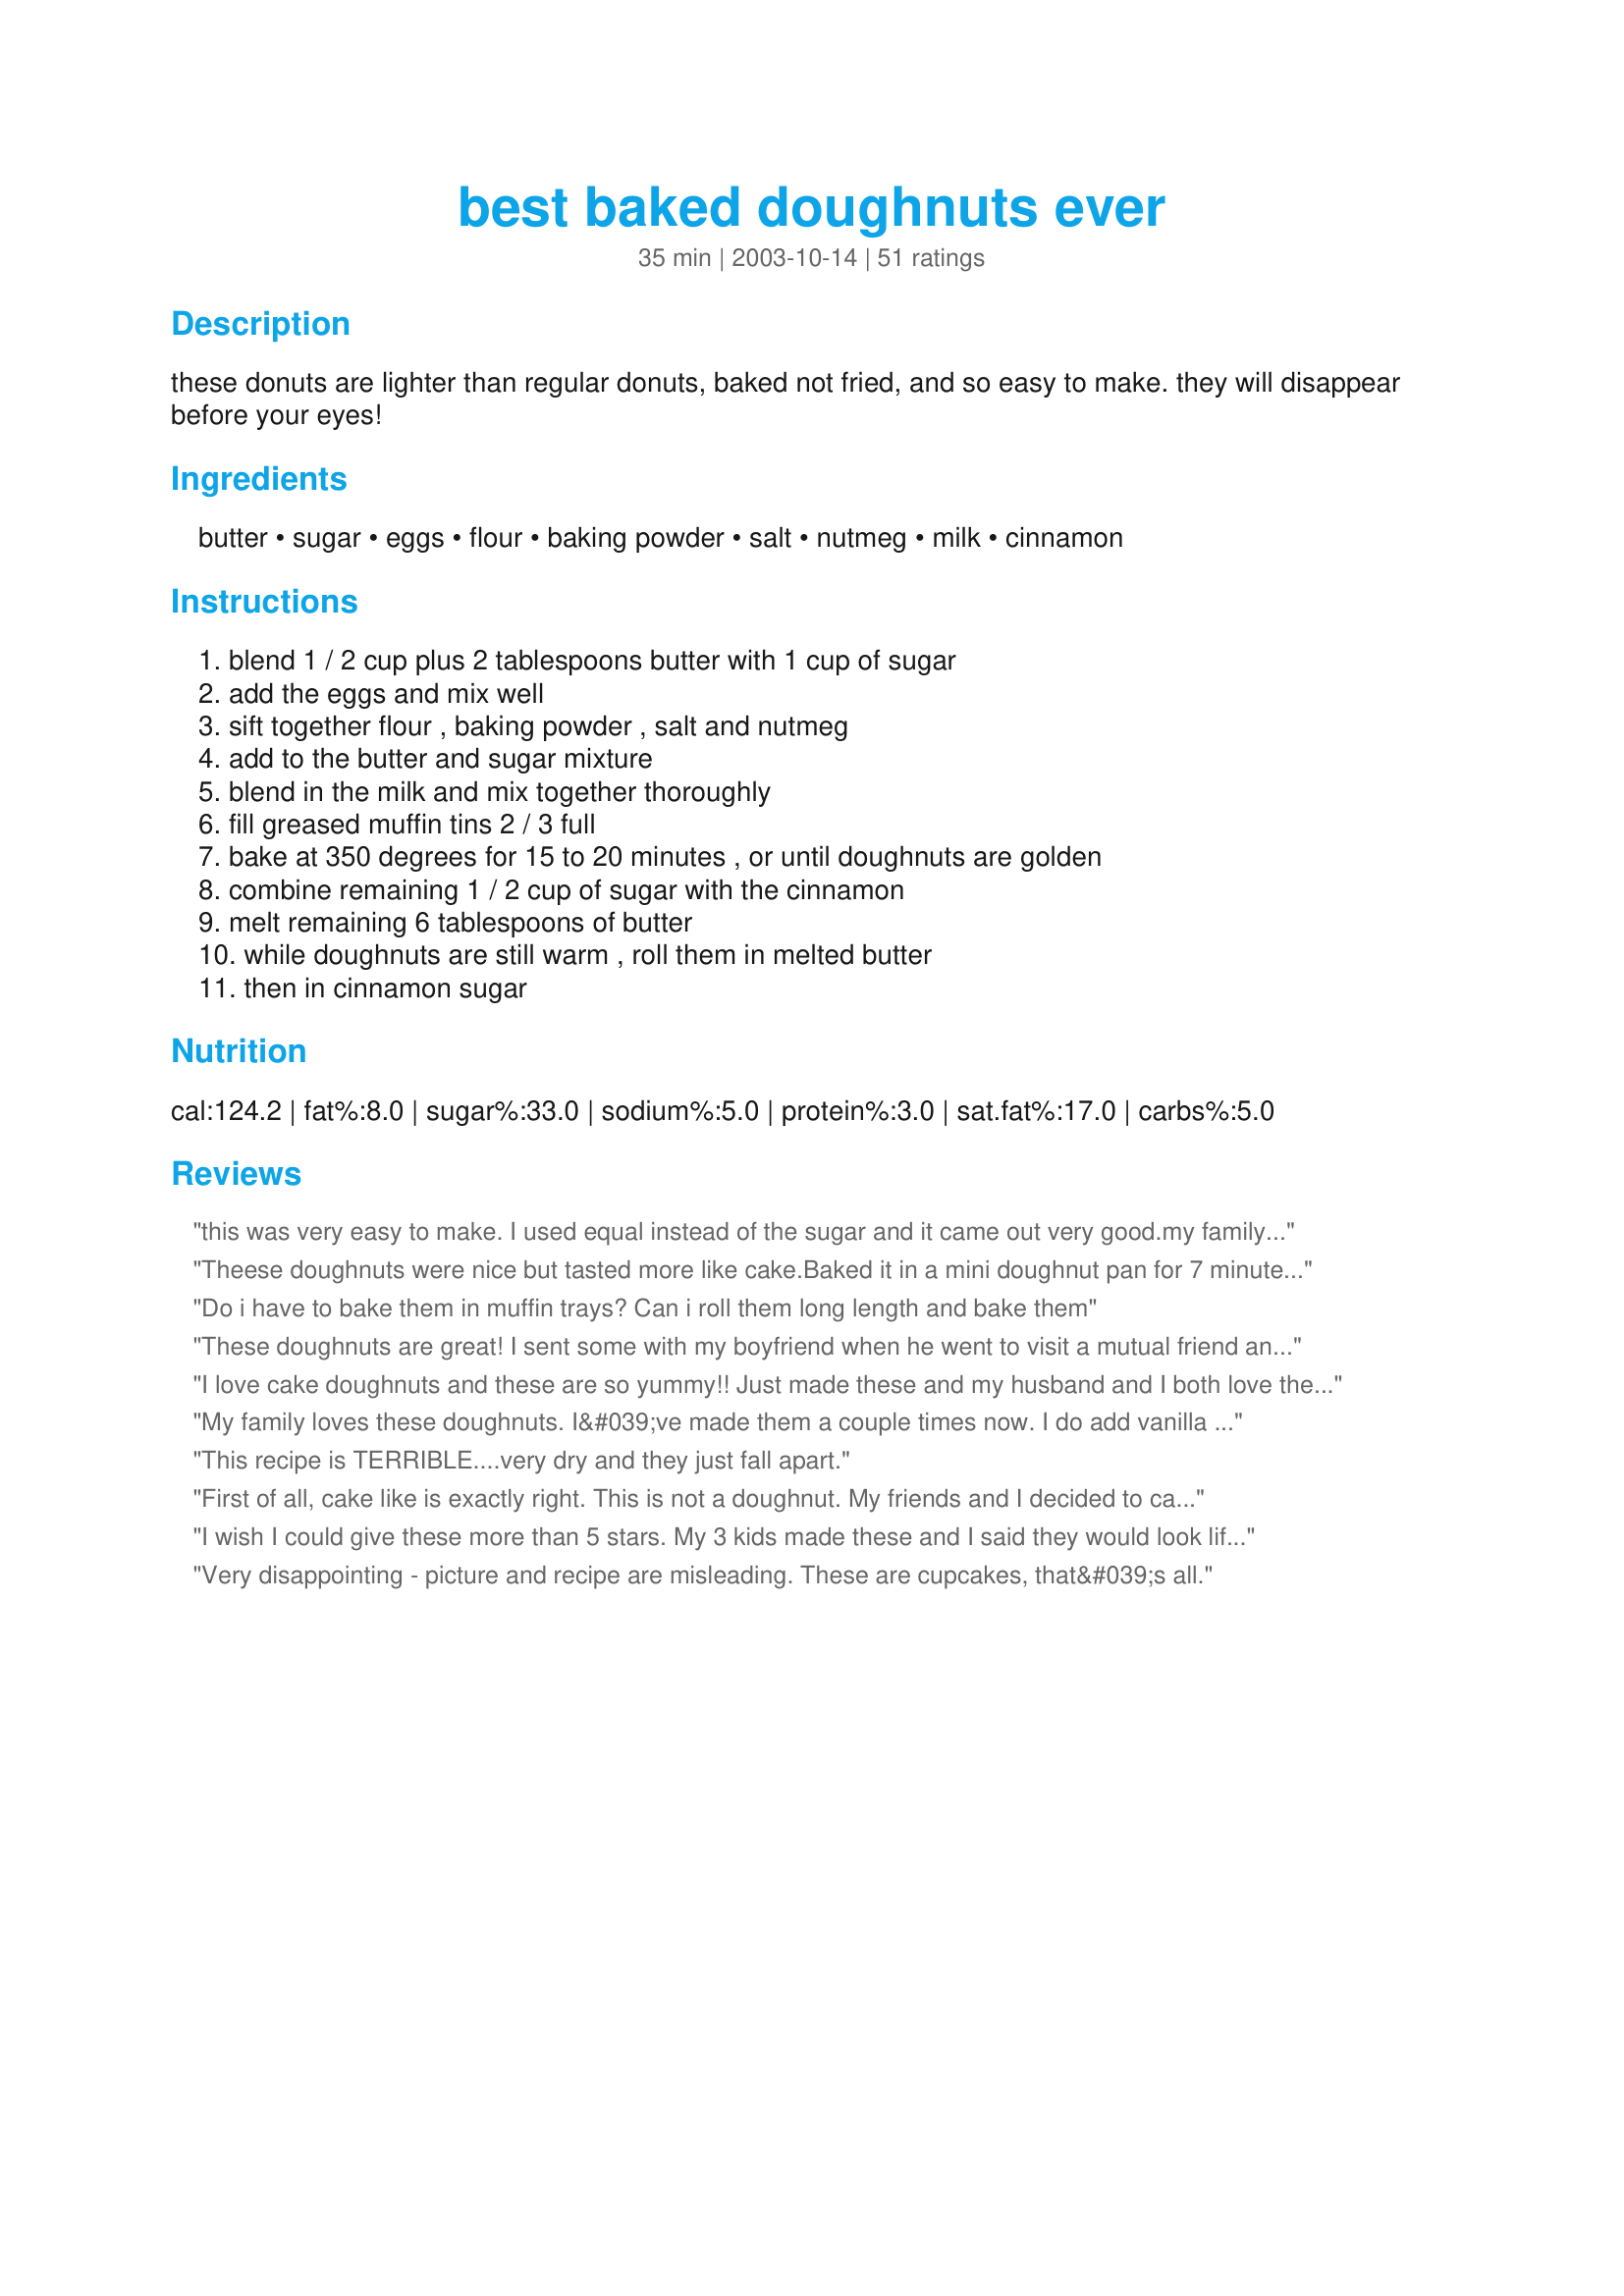
best baked doughnuts ever
Preparation time: 35 minutes

these donuts are lighter than regular donuts, baked not fried, and so easy to make. they will disappear before your eyes!

Ingredients:
butter, sugar, eggs, flour, baking powder, salt, nutmeg, milk, cinnamon

Steps:
blend 1 / 2 cup plus 2 tablespoons butter with 1 cup of sugar, add the eggs and mix well, sift together flour , baking powder , salt and nutmeg, add to the butter and sugar mixture, blend in the milk and mix together thoroughly, fill greased muffin tins 2 / 3 full, bake at 350 degrees for 15 to 20 minutes , or until doughnuts are golden, combine remaining 1 / 2 cup of sugar with the cinnamon, melt remaining 6 tablespoons of butter, while doughnuts are still warm , roll them in melted butter, then in cinnamon sugar

Reviews:
this was very easy to make. I used equal instead of the sugar and it came out very good.my family taught it was very delicious.
Theese doughnuts were nice but tasted more like cake.Baked it in a mini doughnut pan for 7 minutes, were soft and light.
Do i have to bake them in muffin trays? Can i roll them long length and bake them
These doughnuts are great! I sent some with my boyfriend when he went to visit a mutual friend and he said they tasted like mini elephant ears! The key to making this recipe work is to ADD VANILLA EXTRACT. I put a little over a teaspoon into the full recipe (36 doughnuts) the second time I made them and the reviews were much better: more moist, better flavor.
I love cake doughnuts and these are so yummy!! Just made these and my husband and I both love these. I like that they are baked and not fried too.
My family loves these doughnuts. I&#039;ve made them a couple times now. I do add vanilla as other reviewers recommended, and I also sub brown sugar for about 1/4 cup of the white sugar. I usually use part buttermilk or even all buttermilk for the milk. I&#039;ve even added cocoa powder and a little chocolate syrup to make chocolate doughnuts. I frost the doughnuts with maple frosting or chocolate frosting and add sprinkles to some. :)
This recipe is TERRIBLE....very dry and they just fall apart.
First of all, cake like is exactly right. This is not a doughnut. My friends and I decided to call it a "snikerdoodle snack cake". It's more of a snack/short cake consistency. Done in regular size/medium muffin pans...one recipe yielded alot...so unless you want a whole buch don't double the recipe. Taste was ok but wasn't impressive.
I wish I could give these more than 5 stars. My 3 kids made these and I said they would look life muffins but taste like doughnuts. We were all amazed at how yummy and easy. thank you so much. I forgot to add that because my raised like muffins I only dipped the bottom part in butter and sugar. YUMMMUUUUYYYY
Very disappointing - picture and recipe are misleading. These are cupcakes, that&#039;s all.
I had an unusual craving
for doughnuts, but didn't want
anything fried until I found this
recipe.

I used mini muffin tins to bake the
doughnuts and they turned out perfectly.

Next time I'll be more adventurous and try adding nuts or other spices for 
a different flavor. 

We thank you for sharing this easy
and delicous recipe.

CG
?Need to tell the truth! This Recipe is very excellent. I did it last night with my little daughter. She said &quot; It is very good taste! ,I like it&quot; But , I didn't use the doughnut mold and I separate in two type 1.for bake and 2. for put in waffle maker machine. I use only 1/2 cup of milk because I don't want it to be liquid. but everything is good
i only baked it for 17 minutes. They were not golden brown but were cooked
Best! more like worst baked doughnuts ever just tried these step to step and the turned out really bad..
THIS IS NOT A DOUGHNUT FOLKS BUT MORE OF A BISCUIT OR CAKE WITH IT'S CRUMBLY TEXTURE....WOULD MAKE A EXCELLENT LIGHT BISCUIT FOR STRAWBERRY SHORTCAKE IF YOU LEAVE OUT THE NUTMEG AND ADD VANILLA....IT WAS VERY LIGHT AND FLUFFY...AND TASTED GOOD ....MAYBE SOMEONE DOESN'T KNOW WHAT A REAL DOUGHNUT TASTE LIKE!!.. AND I DID USE THE DOUGHNUT PAN...AND HAVE BEEN A VERY GOOD BAKER FOR MANY A YEAR..I ALWAYS LOVE A DIFFERENT IDEA THOUGH...NEVER STOP LEARNING I SAY.....I CERTAINLY KNOW MY DOUGHNUTS. I WOULD RECOMMEND THIS RECIPE FOR MORE THAN A FEW OTHER IDEAS THOUGH...GOOD TEXTURE BUT CRUMBLES APART TO EASILY TO BE CALLED A DOUGHNUT....
These were nothing like a doughnut...... great for cupcakes though.
I made these today and they were great. I have donut pans so they came out perfect. Just for all the negative comments: THIS IS NOT A YEAST DONUT RECIPE. You will be disappointed if you're expecting that. I love cake donuts so these were perfect for me.
These doughnuts were delicious! I added the extract as a previous reviewer suggested and they came out really good! I have to say, I didn't try it without, but will continue to do it with the vanilla as it probably does add to the yumminess of the doughnut. Will make again, but this time double the recipe!
my DH had just been asking about doughnuts yesterday, so when I found your recipe I made them to surprise him. So easy to make, even for me with disabilites. I used the food processor for butter and suger and eggs. At adding milk stage it got lumpy so I got out hand mixer and fixed that quick. I was worried about having 36 doughnuts, but only ended up with 18 nice size ones.DH and I say 5 stars since these truly are THE Best Baked Doughnuts Ever!!!
I made these in doughnut pans and I got 1 dozen big doughnuts. They are very light textured but not super big on flavor, but that is easy to remedy. From start to finish it took me 30 minutes. I will definatly keep this recipe close at hand for a very quick morning snack. Thanks, Dian
I've made this recipe several times now and always to rave reviews! It's light, subtly flavored and totally delicious!!!
Like so make other reviewers of this recipe I did not fully read the instructions, and took a hardy leap into the mix before looking. Once I did realize these were not going to look anything like the photo (As I don&#039;t have a doughnut pan, and I don&#039;t think most people do either) I had to make last second decision on what to do with these things. StrawberryParfait&#039;s review gave me the idea to turn them into coffeecake muffins. Good base recipe, but you&#039;d get better reviews of you changed that default pic to something more muffin-like.
I was really excited by this recipe because of the 4* rating and really cute picture. Really dissapointed - nothing at all like doughnuts and rather more like an incredibly sweet scone!
I chose this recipe because I liked the fact that it had 1/2 cup of butter which made it a very light version. On the positive side, the doughnuts worked beautifully and the recipe made exactly 36. I didn't coat them in butter and cinnamon sugar but used Kitten's Icing Recipe # 179685 instead. These were very nice but you should keep in mind that they are not a yeast dough fried in oil so they won't have the same texture or flavour as a normal doughnut but I found these a very acceptable substitute if a little cake-like and the kids devoured them.
I have to agree that these are more like cake than doughnut. They are pretty good and don't take long to make.
Excellent texture and flavor! I have a doughnut pan, so .... they end up looking like doughnuts. I did alter the recipe a bit. I took out a quarter cup of flour and put in corn starch instead to mimic cake flour. I baked them in my small upper oven for 15 mins and they were perfectly soft like cake doughnuts. I dipped them in melted butter and shook them in a paper bag with the cinnamon sugar mix. They went fast! My youngest said, &quot;We don&#039;t need to buy doughnuts anymore, dad can make them!&quot;

One thing I&#039;m thinking might be good is to put another pan over the doughnut pan so they rise into a heated cavity. I like how the pan makes the bottom brown, but the top ends up being lighter (like a cupcake). I suspect if they have a more direct heat source that they rise into, they&#039;ll get brown all around.

This is, by far the best recipe I&#039;ve tried.
My 10-year old daughter chose this recipe to make and had alot of fun with them. We made 1/3 with cinnamon/sugar, 1/3 with plain frosting, and 1/3 with chocolate frosting, for a total of 21. The actual "donut" could use a little more flavor, but over all a good tasting, fun recipe, thank-you!
HORRIBLE!!! I ENDED UP WITH A BUNCH OF ROCKS!!!! THEY ALSO TASTED HORRIBLE!!!
My son loves doughnuts and wanted me to make them for his birthday. The recipe looked tasty enough, until you get to the direction which do NOT reflection the picture given. Instead of getting the doughnuts with a hole, I got muffins and a bummed kiddo... and I now get to go look for another recipe.
Well, I should have read through the recipe before beginning. These are not the donuts in the picture, but more of a almost coffee cake type &quot;donut&quot; topped with butter and cinnamon sugar. They still were delishous, but not what I had in mind when I wanted to make a cakey donut with frosting.
Oh my gosh!!!!!! This is THE BEST oven donut recipe that I have ever tried (aka, the only oven baked donuts I have ever made). The picture is what the paper towel that I put them on looked like after I set them out for people to eat, and the funny thing is, that only 9 people were eating them! In only a few minutes, they were gone ( the donuts, not the people)?? Lol!
These are so great! I went through tons of KRispy Kreme glazed mini-crullers when I was pregnant with my son, and these taste so much like them. Thanks for sharing such a great recipe. I made mine with Splenda and margarine instead of sugar and butter, but I am sure the results were about the same.
This recipe is absolutely phenomenal! I received a donut pan for Christmas so my friend and I decided to try it out using this recipe--and we are so glad that we did! The doughnuts were the perfect texture, not to dry or too cake-y. We finished them with a basic glaze and dipped half in a chocolate peanut butter icing and the other half in a white chocolate coconut icing. They received rave reviews from my family. I will definitely be making these again!
OMG these are AMAZING!!! I did use vanilla extract as a previous review suggested. I didn't have any nutmeg either, so that was omitted. I also cooked them in an electric mini donut maker instead of the traditional oven method.<br/> I tried a few in powdered sugar and quickly switched back to butter, sugar/cinnamon.. I ate at least 6 before putting them away. I had to stop myself so my kids could have them for breakfast ;) I will definitely make these again!
Excellent little "doughnuts", Kid! We loved 'em!
Very easy to put together, and bake...Came out light as a feather...Right tasty, too!
DH thinks they'd be good frosted...Will try that next time!
Thanks, Whisper...These are yummie!!
I thought the recipe would have a thicker dough like batter and I didn't have a muffin pan. I dumped the batter in to a cake pan and it made a great coffee cake. My hubby loved it!
maybe I did something wrong.. mine turned out to be sweet cornbread.. anyone know what I could have done wrong
These were nothing like a doughnut. They did however make a good tasting snack that my husband gobbled up.
Amazing recipe! Though I only got 18, maybe I made them big. I did a gluten free version
These were great!!! I did add the vanilla extract that a reviewer suggested! They were delicious and I am not some kind of professional chef.
I can&#039;t believe people are actually giving this a bad review because they don&#039;t have a donut pan. If you intend to bake donuts, you kinda need one.

Anyway, onto the actual recipe. I made some alterations, but overall remained true to the recipe.
- Replaced regular flour with cake flour
- Added bourbon vanilla extract to taste
- Used freshly grated nutmeg

Things I would do different next time:
- Someone mentioned subbing some of the white sugar for brown sugar. That sounds like an amazing idea.
- I might use a second donut pan over the top to give it that crisp, round look on both sides. The tops of my donuts rose a bit and I ended up having to cut out the holes in a lot of them.

I also would like to try a heavier topping like a white cream, but I worry that the delicateness caused by the cake flour would cause it to collapse a bit. I still may try though. Overall, these are great. Would recommend.
These were amazing.
We used a mini donut maker we had got for free and they came out fine, even if we had to break off some of the edges of cooked overflow batter. Butter and cinnamon sugar were just right amount of sweetness.
Very easy to make. Way to much baking powder and puffed up big time. I honestly thought they were bland but I made them for my friends and they seemed to love them. I guess there is mixed opinions about them but I will probably not make them again.
Not like doughnuts at all, lol! But very light and fluffy! I added some orange and vanilla extract to the batter, it came out very tasty. Used the glaze from Recipe #51199, adding some orange extract and extra vanilla, it's a really yummy combination. Would not recommend baking them on a cookie sheet in an attempt to achieve a biscuit shape...they came out like giant hand-sized cookies instead lol!
This sucks. It don't make 36 ugly muffin doughnut but 5 fat circle ones. Instead I suggest u get in your car and drive to a gosh darn doughnut shop!!!!!! NO ONE WANTS MUFFIN DOUGHNUTS!!!!!!!! LIKE WHAT THE HELL IS THIS!
Make these all the time. The family loves them. I halve the recipe though and use the full 1/2 cup of butter (simply an error in reading the recipe originally but I like the added flavor) additionally I use a full teaspoon of nutmeg and no cinnamon. They are just as great served as a plain cake doughnut as they are dipped in butter. I think tomorrow I will try making a maple syrup glaze for them.
These were NOT doughnuts, they were definitely shortbread muffins. They'd go great with some strawberries and whipped cream, but if you're looking for doughnuts, don't use this recipe. I didn't have a doughnut pan, so next time that would be very helpful. Also very crumbly and cakey.
These are easy and turn out well. They are a little more muffin like than doughnut cake. But still very good. They do not need to cook as long as the directions say. Mine were done in ten minutes. Very good and tasty.
I made these in my donut pans and they were very good. Need to cut recipe in half next time, though. Prefer to make and eat rather than freeze some (although that&#039;s not a bad thing, especially when packing lunches). Anyway, my family requested plain, baked donuts and these fit the bill!
